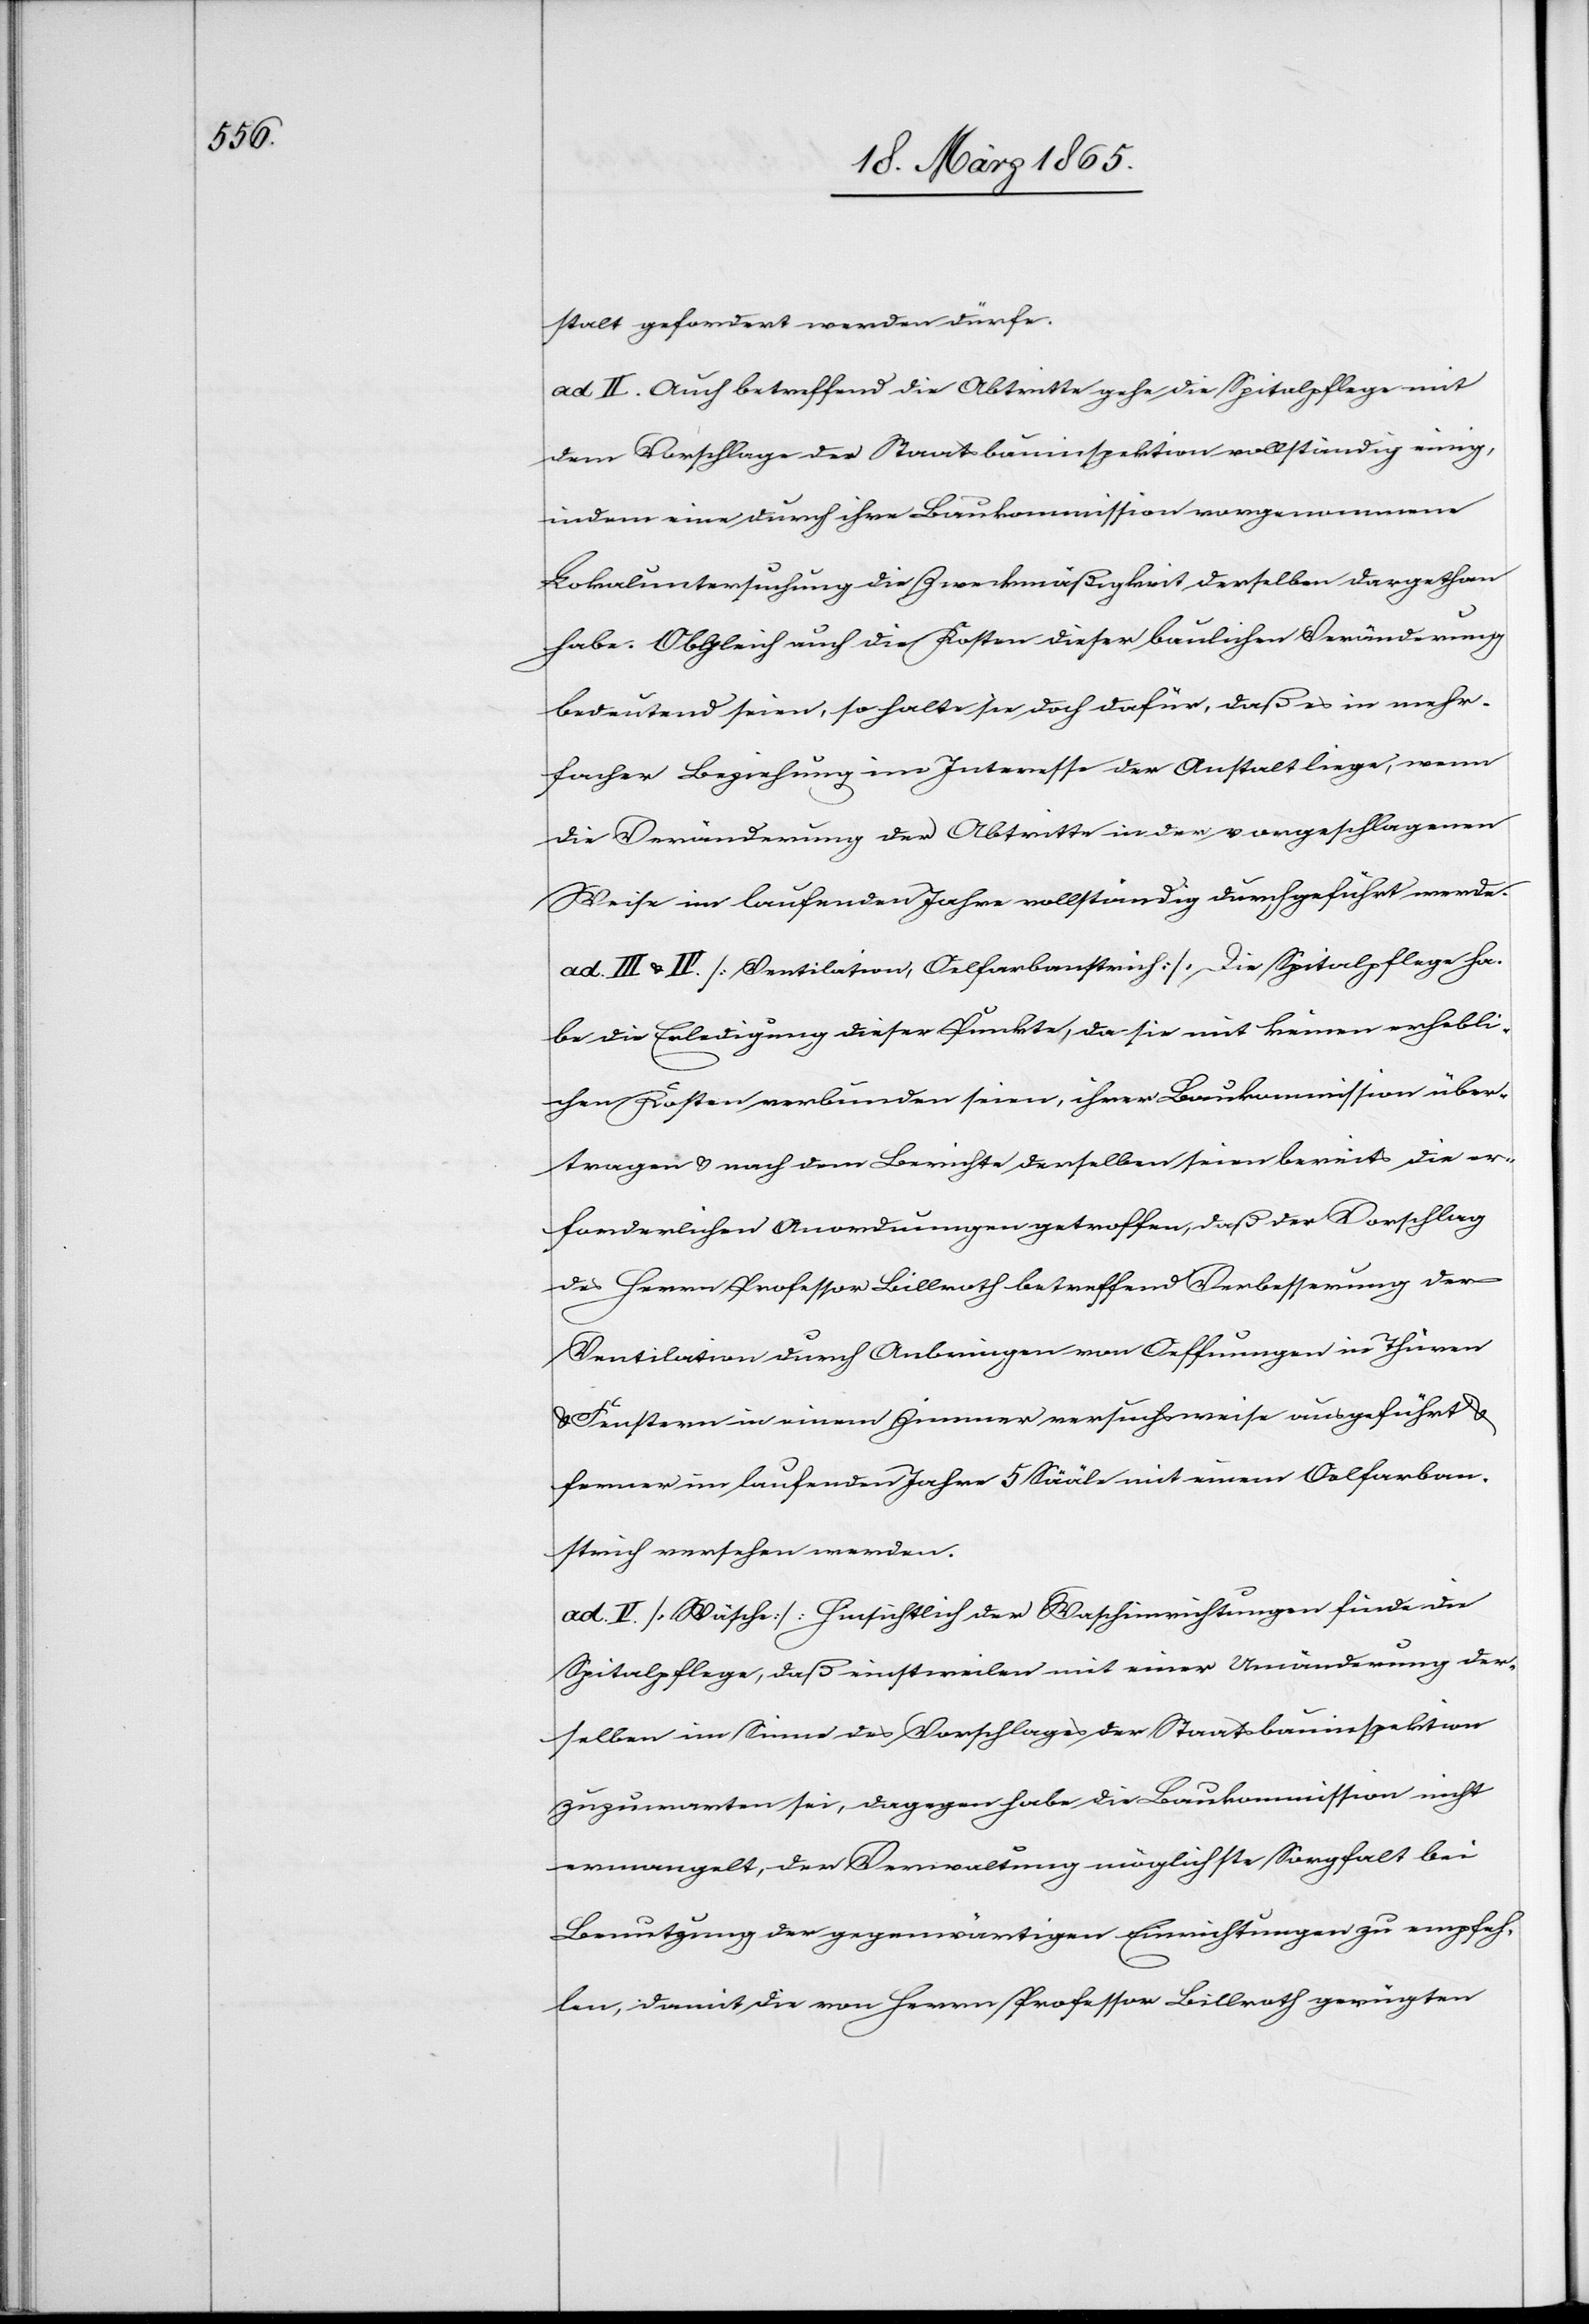
stalt gefordert werden dürfe.
ad II. Auch betreffend die Abtritte gehe die Spitalpflege mit
dem Vorschlage der Staatsbauinspektion vollständig einig,
indem eine durch ihre Baukommission vorgenommene
Lokaluntersuchung die Zweckmäßigkeit derselben dargethan
habe. Obgleich auch die Kosten dieser baulichen Veränderung
bedeutend seien, so halte sie doch dafür, daß es in mehr¬
facher Beziehung im Interesse der Anstalt liege, wenn
die Veränderung der Abtritte in der vorgeschlagenen
Weise im laufenden Jahre vollständig durchgeführt werde.
ad. III & IV [Ventilation, Oelfarbanstrich] Die Spitalpflege ha¬
be die Erledigung dieser Punkte, da sie mit keinen erhebli¬
chen Kosten verbunden seien, ihrer Baukommission über¬
tragen & nach dem Berichte derselben seien bereits die er¬
forderlichen Anordnungen getroffen, daß der Vorschlag
des Herrn Professor Billroth betreffend Verbesserung der
Ventilation durch Anbringen von Oeffnungen in Thüren
Fenstern in einem Zimmer versuchsweise ausgeführt &
ferner im laufenden Jahre 5 Sääle mit einem Oelfarban¬
strich versehen werden.
ad. V [Wäsche] Hinsichtlich der Wascheinrichtungen finde die
Spitalpflege, daß einstweilen mit einer Umänderung der¬
selben im Sinne des Vorschlages der Staatsbauinspektion
zuzuwarten sei, dagegen habe die Baukommission nicht
ermangelt, der Verwaltung möglichste Sorgfalt bei
Benutzung der gegenwärtigen Einrichtungen zu empfeh¬
len, damit die von Herrn Professor Billroth gerügten